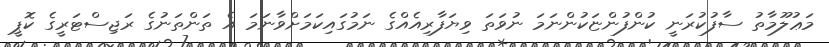
މަޢުލޫމާތު ސާފުކުރަނީ ކުންފުންޏަކުންނަމަ ނުވަތަ ވިޔަފާރިއެއްގެ ނަމުގައިކަމަށްވާނަމަ އެ ތަންތަނުގެ ރަޖިސްޓަރީގެ ކޮޕީ